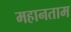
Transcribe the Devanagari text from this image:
महानताम